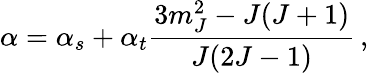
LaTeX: \alpha=\alpha_{s}+\alpha_{t}\frac{3m_{J}^{2}-J(J+1)}{J(2J-1)}\, ,